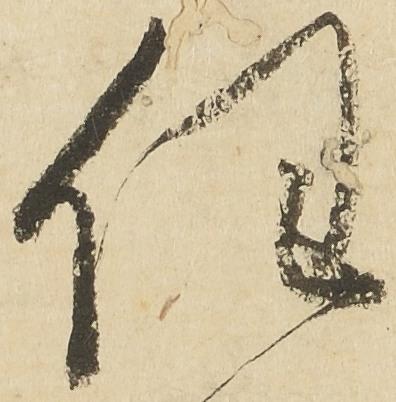
任